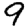
Digit: 9